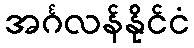
အင်္ဂလန်နိုင်ငံ